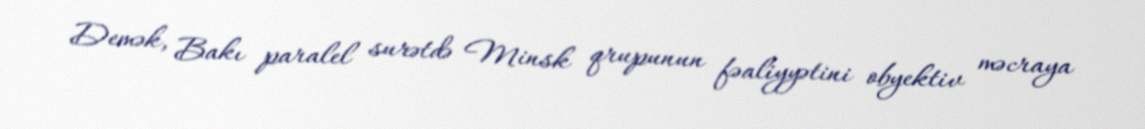
Demək, Bakı paralel surətdə Minsk qrupunun fəaliyyətini obyektiv məcraya